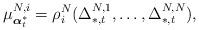
\begin{align*}\mu^{N,i}_{\boldsymbol{\alpha}^*_t}=\rho_i^N(\Delta_{*,t}^{N,1},\ldots,\Delta_{*,t}^{N,N}), \end{align*}